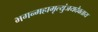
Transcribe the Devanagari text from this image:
भगन्महामृत्युंजयदेवताय